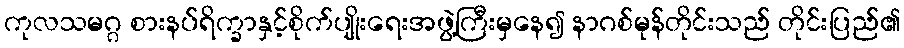
ကုလသမဂ္ဂ စားနပ်ရိက္ခာနှင့်စိုက်ပျိုးရေးအဖွဲ့ကြီးမှနေ၍ နာဂစ်မုန်တိုင်းသည် တိုင်းပြည်၏